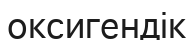
оксигендік